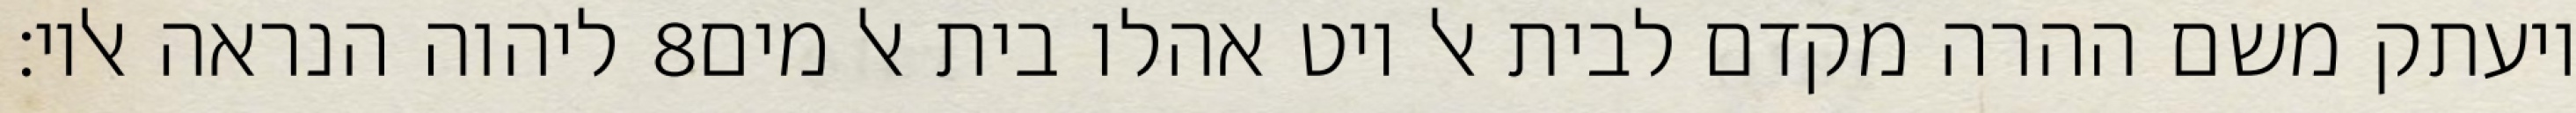
ליהוה הנראה אליו׃ ‎8‏ ויעתק משם ההרה מקדם לבית אל ויט אהלו בית אל מים